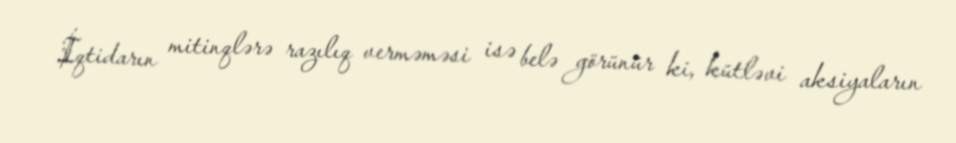
İqtidarın mitinqlərə razılıq verməməsi isə belə görünür ki, kütləvi aksiyaların